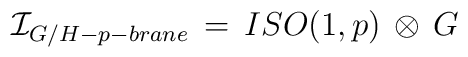
{\cal I}_{G/H-p-brane} \, = \, ISO(1,p) \, \otimes \, G